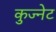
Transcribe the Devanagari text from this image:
कुज्नेट